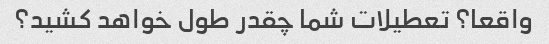
واقعا؟ تعطیلات شما چقدر طول خواهد کشید؟